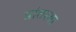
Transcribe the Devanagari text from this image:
प्रांतस्या